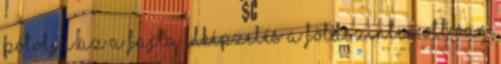
pótolja az a fajta elképzelés a földszinten ott van